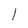
Character: l